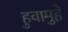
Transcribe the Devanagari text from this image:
हुवामुहे